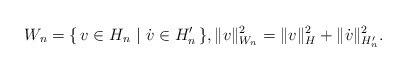
\begin{align*} W_n= \{ \, v\in H_n~|~\dot v \in H_n' \,\}, \|v\|_{W_n}^2 = \|v\|_{H}^2 +\|\dot v\|_{H_n'}^2.\end{align*}